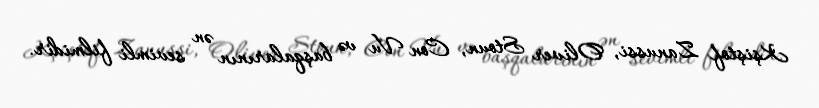
Kşiştof Zanussi, Oliver Stoun, Con Vu və başqalarının ən sevimli filmidir.